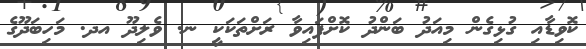
ކޮވިޑާއި ގުޅިގެން މިއަދު ބަންދު ކޮށްފައިވާ ރަށްތަކަކީ ނ. ވެލިދޫ އދ. މަހިބަދޫގެ